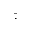
\bar { \cdot }